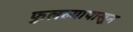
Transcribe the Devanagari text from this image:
फुलल्यापासून